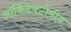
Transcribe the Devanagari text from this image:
ऑर्किडेक्टोमीव